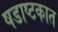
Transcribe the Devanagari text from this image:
षडाष्टकात